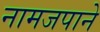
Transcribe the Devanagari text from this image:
नामजपाने